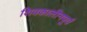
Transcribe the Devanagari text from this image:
शिवकालीनपूर्व